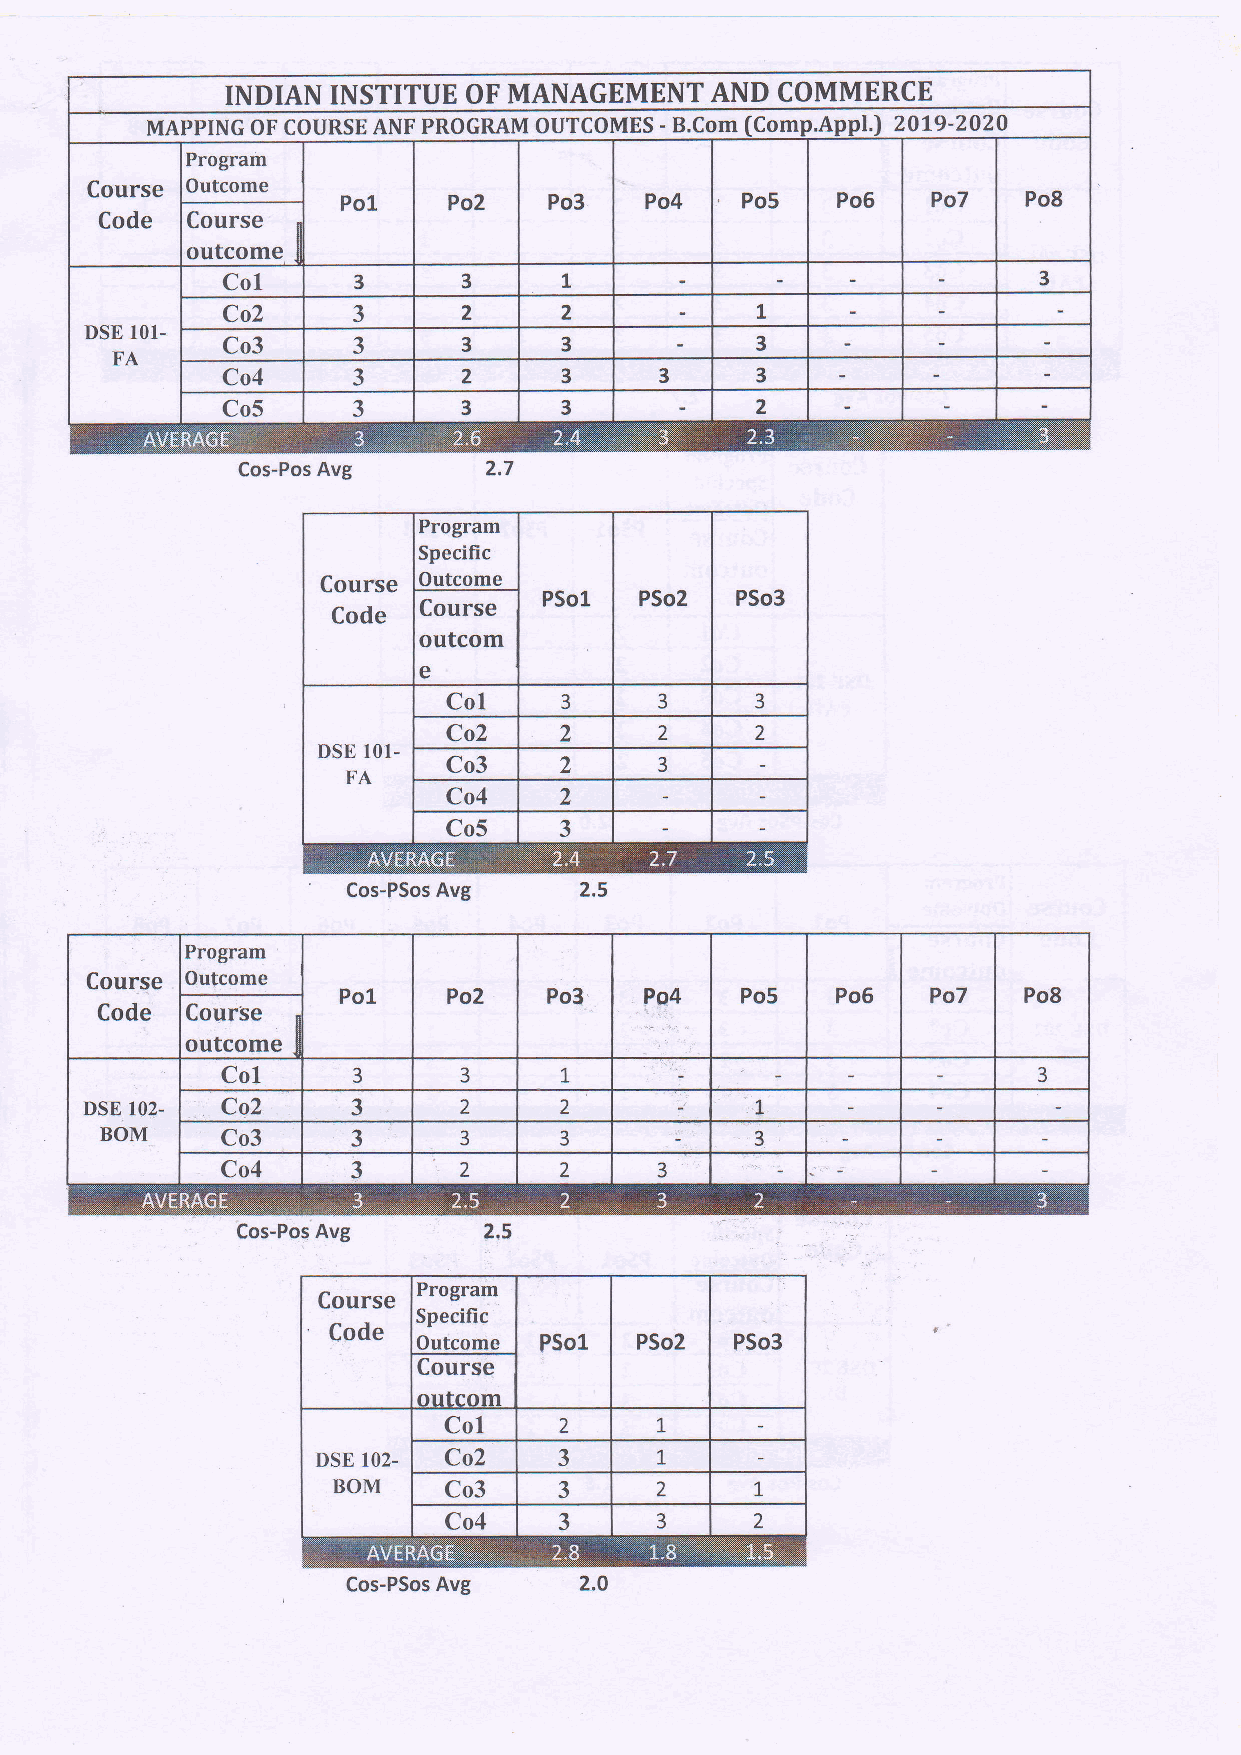
INDIAN INSTITUE OF MANAGEMENT   AND COMMERCE
 MAPPING OF COURSE ANF PROGRAM OUTCOMES - B.Com fComp.Appl.) 20L9'202O
 Program
 Course Outcome
 Po1    Po2   Po3    Po4   Po5   Po6    Po7   Po8
 Course
 Code
 outcome I
 I
 CoL     3       3     L                               3
 t
 Co2     3       2     2
 DSE 101-
 Co3     3       3     3            3
 FA
 Co4     3       2     3      3     3
 Co5     3       3     3            2
 Cos-Pos Avg     2.7
 Program
 Specific
 Outcome
 Course
 outcom
 e
 Cos-PSos Avg
 Program
 Course Outcome
 Po1    Po2   Po3'         Po5   Po6    Po7   Po8
 Code  CourSe
 outcome
 Col     3      3      t                               3
 DSE 102, Co2     3      2      2            L
 BOM     Co3     3      3      3            3
 Co4     3      2      2      3
 Cos-Pos Avg     2,5
 Program
 Specific
 Outcome
 Cos-PSos Avg